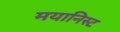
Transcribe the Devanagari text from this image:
मयानिस्ट